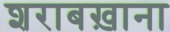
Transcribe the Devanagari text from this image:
शराबख़ाना